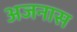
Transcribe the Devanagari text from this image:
अजनास